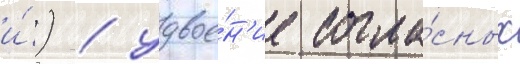
и́) / удвое́н'ие согла́сных